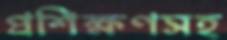
প্রশিক্ষণসহ